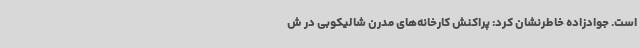
است. جوادزاده خاطرنشان کرد: پراکنش کارخانه‌های مدرن شالیکوبی در ش